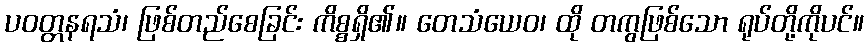
ပဝတ္တနရသံ၊ ဖြစ်တည်စေခြင်း ကိစ္စရှိ၏။ တေသံယေဝ၊ ထို တကွဖြစ်သော ရုပ်တို့ကိုပင်။